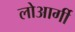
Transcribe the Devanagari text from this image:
लोआर्गी